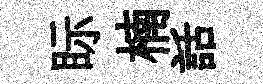
眎楠話